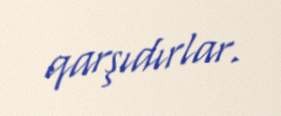
qarşıdırlar.